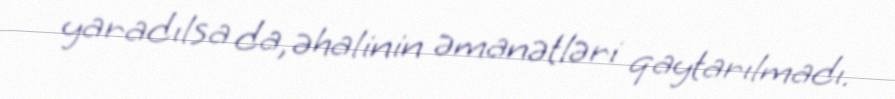
yaradılsa da, əhalinin əmanətləri qaytarılmadı.